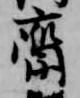
斎